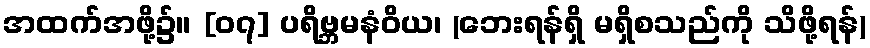
အထက်အဖို့၌။ [၀၇] ပရိဗ္ဘမနံဝိယ၊ (ဘေးရန်ရှိ မရှိစသည်ကို သိဖို့ရန်)